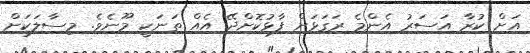
އަށް ކުރާ އަސަރު އެންމެ ރަގަޅަށް ފާޅުކޮށްދޭ އެއް ތަނަކީ މޫނެވެ. މިސާލަކަށް